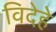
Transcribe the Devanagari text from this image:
विदेहे